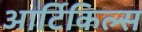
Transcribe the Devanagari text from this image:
आर्टिकिल्स